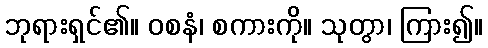
ဘုရားရှင်၏။ ဝစနံ၊ စကားကို။ သုတွာ၊ ကြား၍။